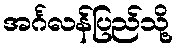
အင်္ဂလန်ပြည်သို့